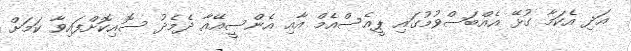
އަދި އެކަމާ ގުޅޭ އެއްބަސްވުމުގައި ޕީއެސްއެމް އާއި އެންސީއޭއާ ދެމެދު ސޮއިކޮށްފައިވާ ކަމަށް